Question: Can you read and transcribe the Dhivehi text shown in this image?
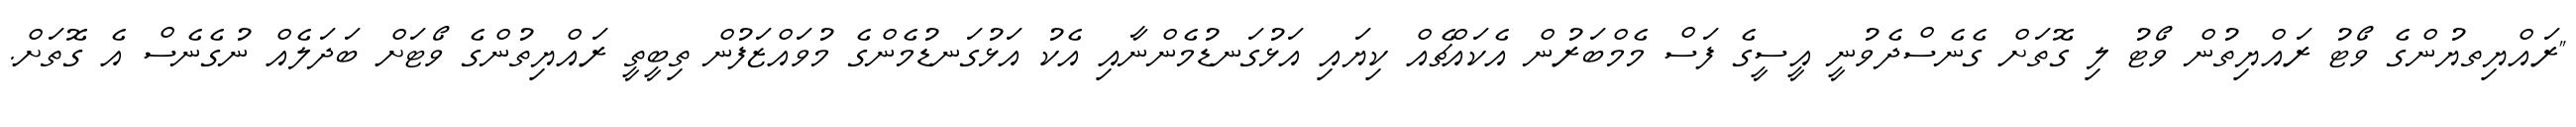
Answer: "ރައްޔިތޔުންގެ ވޯޓު ރައްޔިތުން ވޯޓު ލި ގޮތަށް ގެނެސްދެވުނީ އީސީގެ ފަސް މެމްބަރުން އެކައްޗެއް ކިޔައި އަޅުގަނޑުމެންނާއި އެކު އަޅުގަނޑުމެންގެ މުވައްޒަފުން ތިބީތީ ރައްޔިތުންގެ ވޯޓަށް ބަދަލެއް ނުގެނެސް އެ ގޮތަށް.